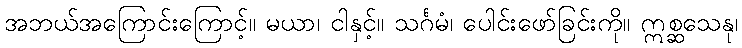
အဘယ်အကြောင်းကြောင့်။ မယာ၊ ငါနှင့်။ သင်္ဂမံ၊ ပေါင်းဖော်ခြင်းကို။ ဣစ္ဆသေနု၊